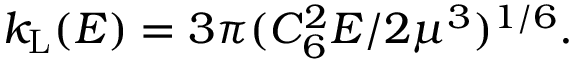
k _ { \mathrm { L } } ( E ) = 3 \pi ( C _ { 6 } ^ { 2 } E / 2 \mu ^ { 3 } ) ^ { 1 / 6 } .